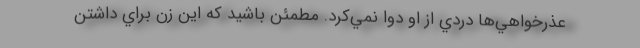
عذرخواهي‌ها دردي از او دوا نمي‌كرد. مطمئن باشيد كه اين زن براي داشتن